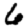
Digit: 6